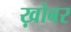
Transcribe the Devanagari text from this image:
ख़ोबर